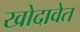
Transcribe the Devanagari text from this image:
खोदावेत